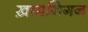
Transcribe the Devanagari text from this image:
ख़ामनिगन